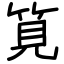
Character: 筧